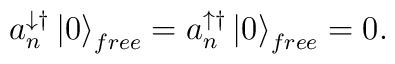
a_{n}^{\downarrow\dagger}\left|  0\right\rangle _{free}=a_{n}^{\uparrow\dagger}\left|  0\right\rangle _{free}=0.